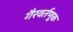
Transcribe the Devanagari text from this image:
गैरवर्तणूक